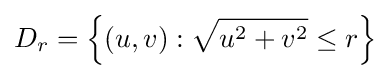
D_{r}=\left\{(u,v):{\sqrt {u^{2}+v^{2}}}\leq r\right\}